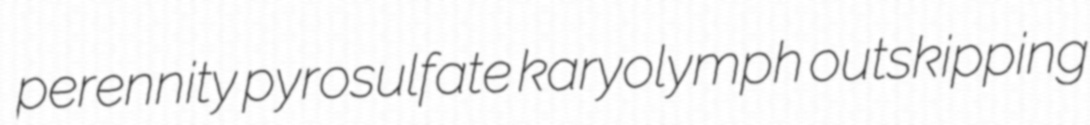
perennity pyrosulfate karyolymph outskipping